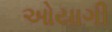
ઓયાગી